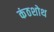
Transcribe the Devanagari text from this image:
कंठशोथ